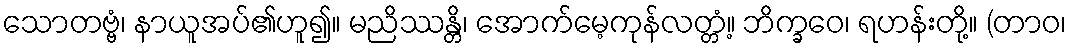
သောတဗ္ဗံ၊ နာယူအပ်၏ဟူ၍။ မညိဿန္တိ၊ အောက်မေ့ကုန်လတ္တံ့။ ဘိက္ခဝေ၊ ရဟန်းတို့။ (တာဝ၊